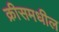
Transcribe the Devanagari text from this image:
क्रीसमधील